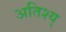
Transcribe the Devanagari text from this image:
अतिश्य्